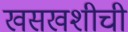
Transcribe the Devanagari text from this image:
खसखशीची